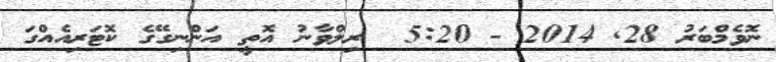
ނޮވެމްބަރު 28